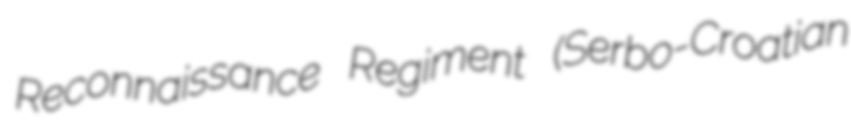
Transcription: Reconnaissance Regiment (Serbo-Croatian